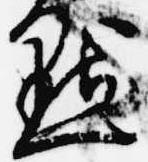
点